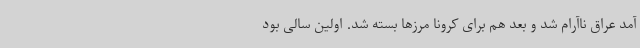
آمد عراق ناآرام شد و بعد هم برای کرونا مرزها بسته شد. اولین سالی بود